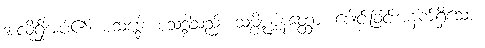
အလိုရှိအပ်၏။ စသဒ္ဒေါ၊ စသဒ္ဒါသည်။ သမ္ပိဏ္ဍနတ္ထော၊ ပေါင်းခြင်းအနက်ရှိသော။